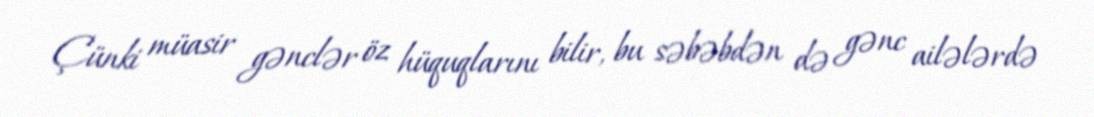
Çünki müasir gənclər öz hüquqlarını bilir, bu səbəbdən də gənc ailələrdə